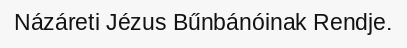
Názáreti Jézus Bűnbánóinak Rendje.